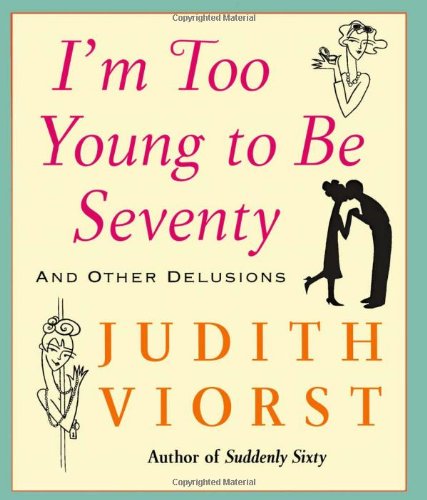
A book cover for I'm Too Young To Be Seventy; Judith Viorst; Humor & Entertainment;